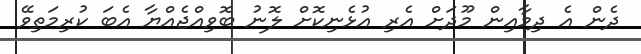
ދެން އެ ދިމާއިން މޫދަށް އެރި އުޅެނިކޮށް ލޮނު ބޮވިއްޖެއްޔާ އެބަ ކުރިމަތިވޭ